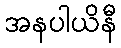
အနပါယိနီ